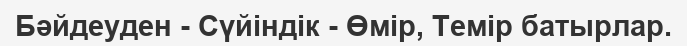
Бәйдеуден - Сүйіндік - Өмір, Темір батырлар.